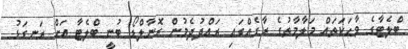
ބްލެޓާގެ ވާހަކަތައް މަލާމާތުގެ ރާގެއްގައި ރައްދުދެމުން ރޮނާލްޑޯ ބުނީ ބްލެޓާ އަށް ރަނގަޅު